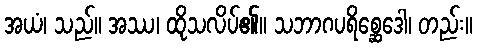
အယံ၊ သည်။ အဿ၊ ထိုသလိပ်၏။ သဘာဂပရိစ္ဆေဒေါ၊ တည်း။